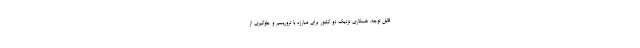
قابل توجه، همکاری نزدیک دو کشور برای مبارزه با تروریسم و جلوگیری از